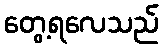
တွေ့ရလေသည်